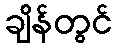
ချိန်တွင်